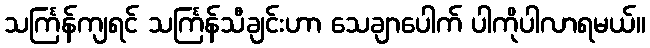
သင်္ကြန်ကျရင် သင်္ကြန်သီချင်းဟာ သေချာပေါက် ပါကိုပါလာရမယ်။